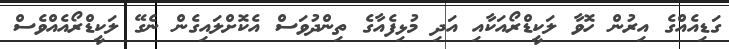
ގަޑިއެއްގެ އިރުން ހޮވާ ލަކީޑްރޯއަކާއި އަދި މުޅިފެއާގެ ތިންދުވަސް އެކޮށްލައިގެން ނެގޭ ލަކީޑްރޯއެއްވެސް